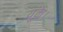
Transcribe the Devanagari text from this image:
यूके।